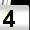
Digit: 4